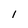
Character: i